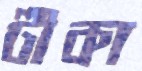
টীকা